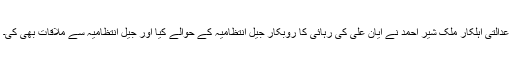
عدالتی اہلکار ملک شیر احمد نے ایان علی کی رہائی کا روبکار جیل انتظامیہ کے حوالے کیا اور جیل انتظامیہ سے ملاقات بھی کی۔